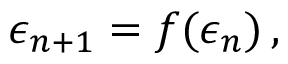
\epsilon _ { n + 1 } = f ( \epsilon _ { n } ) \, ,